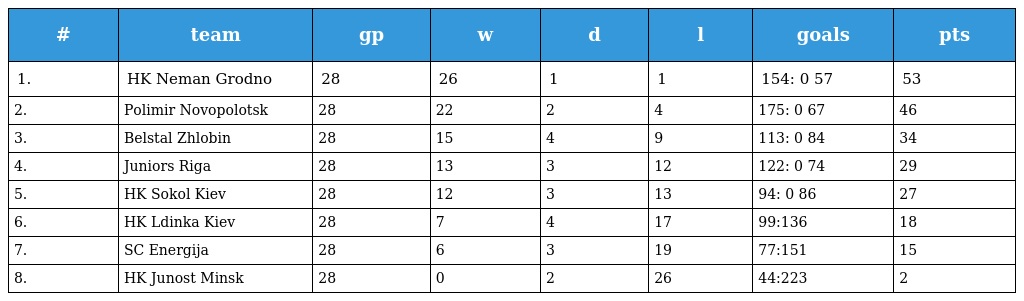
| # | team | gp | w | d | l | goals | pts |
 | --- | --- | --- | --- | --- | --- | --- | --- |
 | 1. | HK Neman Grodno | 28 | 26 | 1 | 1 | 154: 0 57 | 53 |
 | 2. | Polimir Novopolotsk | 28 | 22 | 2 | 4 | 175: 0 67 | 46 |
 | 3. | Belstal Zhlobin | 28 | 15 | 4 | 9 | 113: 0 84 | 34 |
 | 4. | Juniors Riga | 28 | 13 | 3 | 12 | 122: 0 74 | 29 |
 | 5. | HK Sokol Kiev | 28 | 12 | 3 | 13 | 94: 0 86 | 27 |
 | 6. | HK Ldinka Kiev | 28 | 7 | 4 | 17 | 99:136 | 18 |
 | 7. | SC Energija | 28 | 6 | 3 | 19 | 77:151 | 15 |
 | 8. | HK Junost Minsk | 28 | 0 | 2 | 26 | 44:223 | 2 |